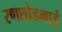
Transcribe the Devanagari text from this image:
रणछोडभाई